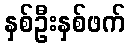
နှစ်ဦးနှစ်ဖက်